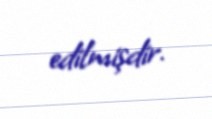
edilmişdir.